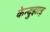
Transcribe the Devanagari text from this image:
केन्दुझाड़